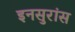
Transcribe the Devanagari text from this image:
इनसुरांस